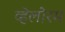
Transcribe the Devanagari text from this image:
व्हेलोरम